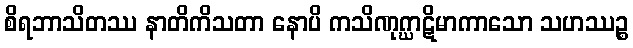
စိရဘာသိတဿ နာတိကိသတာ နောပိ ကသိဏုဂ္ဃာဋိမာကာသော သဟဿဉ္စ